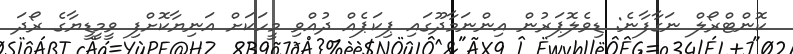
ކޮންޓްރޯލް ނަގާފާނެ: ޑިވެލޮޕަރުން އިންނަމާދޫގައި ޕިކަޕެއް ދުއްވި މީހަކަށް އަނިޔާކޮށްފި ވީމީޑީޔާގެ ރޯދަ